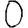
Digit: 0